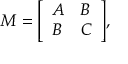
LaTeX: M = { \left[ \begin{array} { l l } { A } & { B } \\ { B } & { C } \end{array} \right] } ,